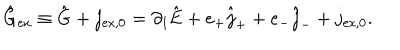
\hat { \mathrm { G } } _ { \mathrm { e x } } \equiv \hat { \mathrm { G } } + j _ { \mathrm { e x , 0 } } = \partial _ { 1 } \hat { \mathrm { E } } + e _ { + } \hat { j } _ { + } + e _ { - } \hat { j } _ { - } + j _ { \mathrm { e x , 0 } } .